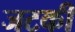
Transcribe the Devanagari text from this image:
जटकी